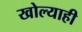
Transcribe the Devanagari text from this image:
खोल्याही